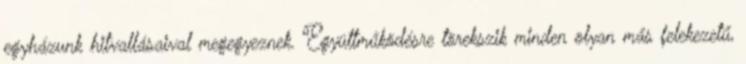
egyházunk hitvallásaival megegyeznek. Együttműködésre törekszik minden olyan más felekezetű,